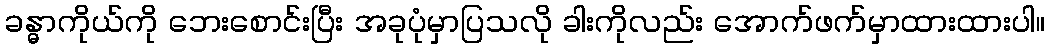
ခန္ဓာကိုယ်ကို ဘေးစောင်းပြီး အခုပုံမှာပြသလို ခါးကိုလည်း အောက်ဖက်မှာထားထားပါ။